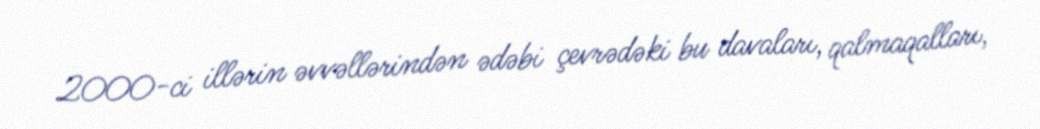
2000-ci illərin əvvəllərindən ədəbi çevrədəki bu davaları, qalmaqalları,